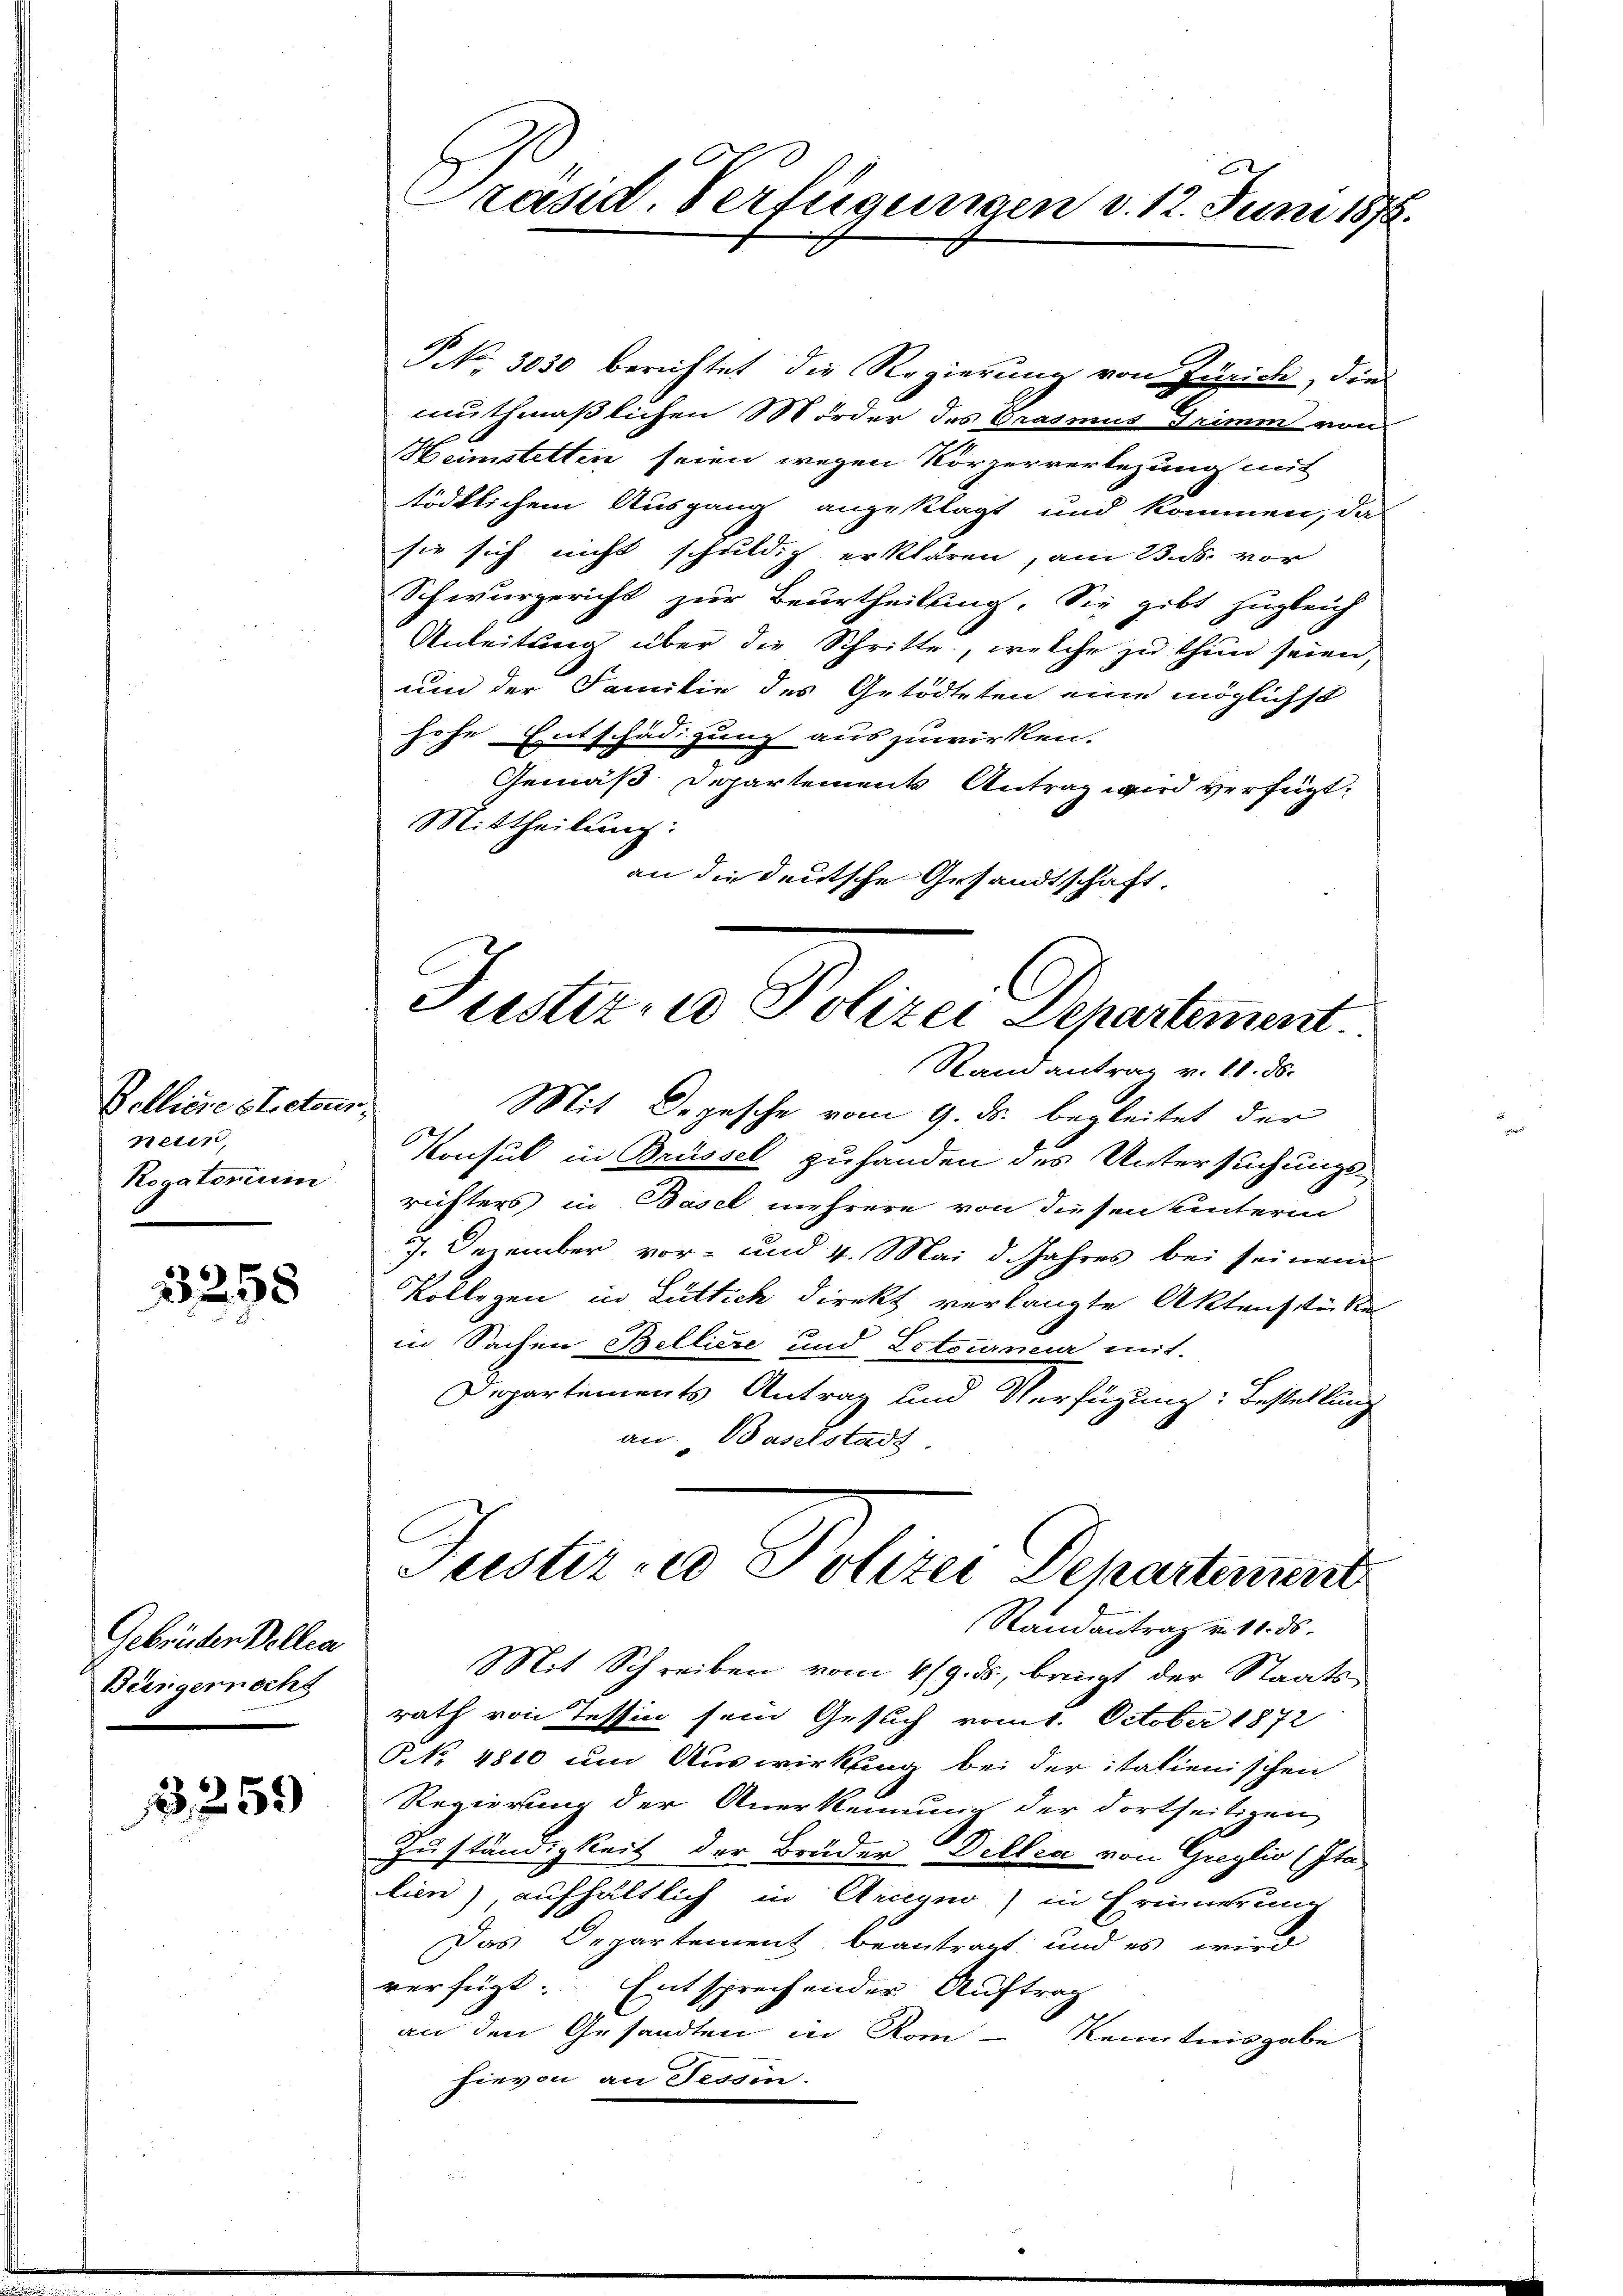
Belliere stretour
neten,
Rogatorium

3258

Gebrüder Vollen
Biirgennachs

1259)

Präsid. Verfügungen d. 12. Juni 1878.

PNNo. 3030 berichtet die Regierung von Zürich, die
muthmaßlichen Morder des Grasmus Trimm von
Heimstetten seien wegen Körperverlegung mit
tödtlichem Ausgang angeklagt und kommen, da
sie sich nicht schuldig erklären, am 23. ds. vor
Schwurgericht zur Beurtheilung. Sie gibt zugleich
Anleitung über die Schritte, welche zu thun seien,
und der Familie des Getödteten eine möglichst
hohe Entschädigung auszuwirken.
Gemäß Departements Antrag wird verfügt:
Mittheilung:
an die deutsche Gesandtschaft.

Mit Depesche vom 9. ds. begleitet der
Konsul in Brüssel zuhanden des Untersuchungsrichters in Basel mehrere von diesen unterm
7. Dezember vor- und 4. Mai d. Jahres bei seinem
Kollegen in Lüttich direkt verlangte Aktenstücke
in Sachen Belliere und Letournir mit
Departements Antrag und Verfügung: Bestellung
an. Baselstadt

Justiz- u Polizei Departement.
Rand antrag v. 18. ds.

Tuster eo Polizei Departement
Randantrag v. 11. ds.

Mit Schreiben vom 4/9. ds, bringt der Staats-
rath von Tessin sein Gesuch vom 1. October 1872
NNo. 4810 um Auswirkung bei der italienischen
Regierung der Anerkennung der dortseitigen
Zuständigkeit der Brüder Dellia von Greglio (Italien) aufhältlich in Arcyno) in Erinnerung
Das Departement beantragt und es wird
verfügt: Entsprechender Auftrag
an den Gesandten in Kom-
Kenntnisgabe
hievon an Tessin.